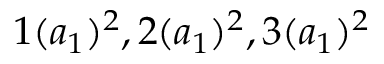
1 ( a _ { 1 } ) ^ { 2 } , 2 ( a _ { 1 } ) ^ { 2 } , 3 ( a _ { 1 } ) ^ { 2 }